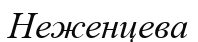
Неженцева